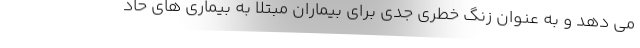
می دهد و به عنوان زنگ خطری جدی برای بیماران مبتلا به بیماری های حاد